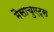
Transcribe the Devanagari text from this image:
मैसाचुएट्स